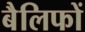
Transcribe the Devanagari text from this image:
बैलिफों